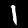
Label: 1